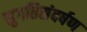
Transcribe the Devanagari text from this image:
सुगतिसंदर्षण